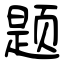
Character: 题